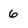
Character: 6